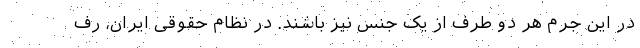
در این جرم هر دو طرف از یک جنس نیز باشند. در نظام حقوقی ایران، رف